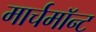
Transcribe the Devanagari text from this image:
मार्चमाॅन्ट